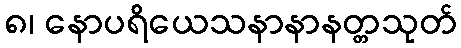
၈၊ နောပရိယေသနာနာနတ္တသုတ်